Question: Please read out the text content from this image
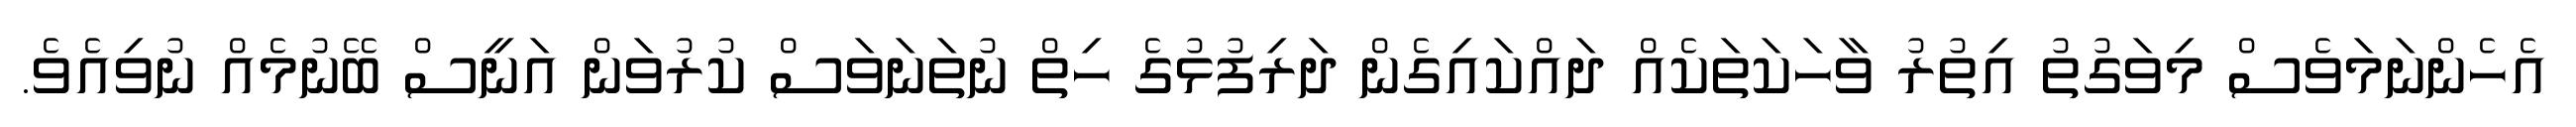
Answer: އެހެންނަމަވެސް މިވަގުތު އިތުރު ވާހަކަތަކެއް ދައްކައިގެން ދަރިފުޅުގެ ހިތް ނުތަނަވަސް ކުރުވަން އަނީސް ބޭނުމެއް ނުވިއެވެ.